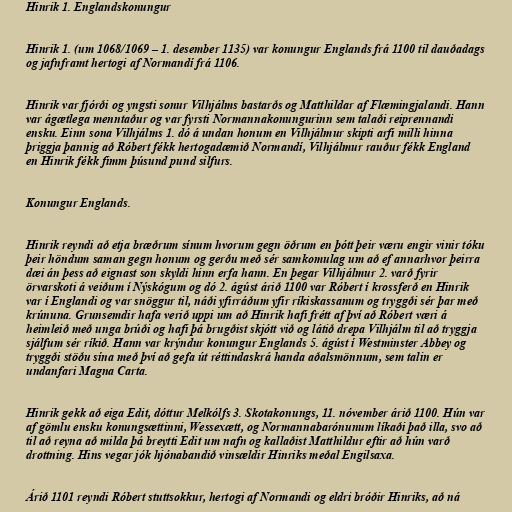
Hinrik 1. Englandskonungur

Hinrik 1. (um 1068/1069 – 1. desember 1135) var konungur Englands frá 1100 til dauðadags
og jafnframt hertogi af Normandí frá 1106.

Hinrik var fjórði og yngsti sonur Vilhjálms bastarðs og Matthildar af Flæmingjalandi. Hann
var ágætlega menntaður og var fyrsti Normannakonungurinn sem talaði reiprennandi
ensku. Einn sona Vilhjálms 1. dó á undan honum en Vilhjálmur skipti arfi milli hinna
þriggja þannig að Róbert fékk hertogadæmið Normandí, Vilhjálmur rauður fékk England
en Hinrik fékk fimm þúsund pund silfurs.

Konungur Englands.

Hinrik reyndi að etja bræðrum sínum hvorum gegn öðrum en þótt þeir væru engir vinir tóku
þeir höndum saman gegn honum og gerðu með sér samkomulag um að ef annarhvor þeirra
dæi án þess að eignast son skyldi hinn erfa hann. En þegar Vilhjálmur 2. varð fyrir
örvarskoti á veiðum í Nýskógum og dó 2. ágúst árið 1100 var Róbert í krossferð en Hinrik
var í Englandi og var snöggur til, náði yfirráðum yfir ríkiskassanum og tryggði sér þar með
krúnuna. Grunsemdir hafa verið uppi um að Hinrik hafi frétt af því að Róbert væri á
heimleið með unga brúði og hafi þá brugðist skjótt við og látið drepa Vilhjálm til að tryggja
sjálfum sér ríkið. Hann var krýndur konungur Englands 5. ágúst í Westminster Abbey og
tryggði stöðu sína með því að gefa út réttindaskrá handa aðalsmönnum, sem talin er
undanfari Magna Carta.

Hinrik gekk að eiga Edit, dóttur Melkólfs 3. Skotakonungs, 11. nóvember árið 1100. Hún var
af gömlu ensku konungsættinni, Wessexætt, og Normannabarónunum líkaði það illa, svo að
til að reyna að milda þá breytti Edit um nafn og kallaðist Matthildur eftir að hún varð
drottning. Hins vegar jók hjónabandið vinsældir Hinriks meðal Engilsaxa.

Árið 1101 reyndi Róbert stuttsokkur, hertogi af Normandi og eldri bróðir Hinriks, að ná